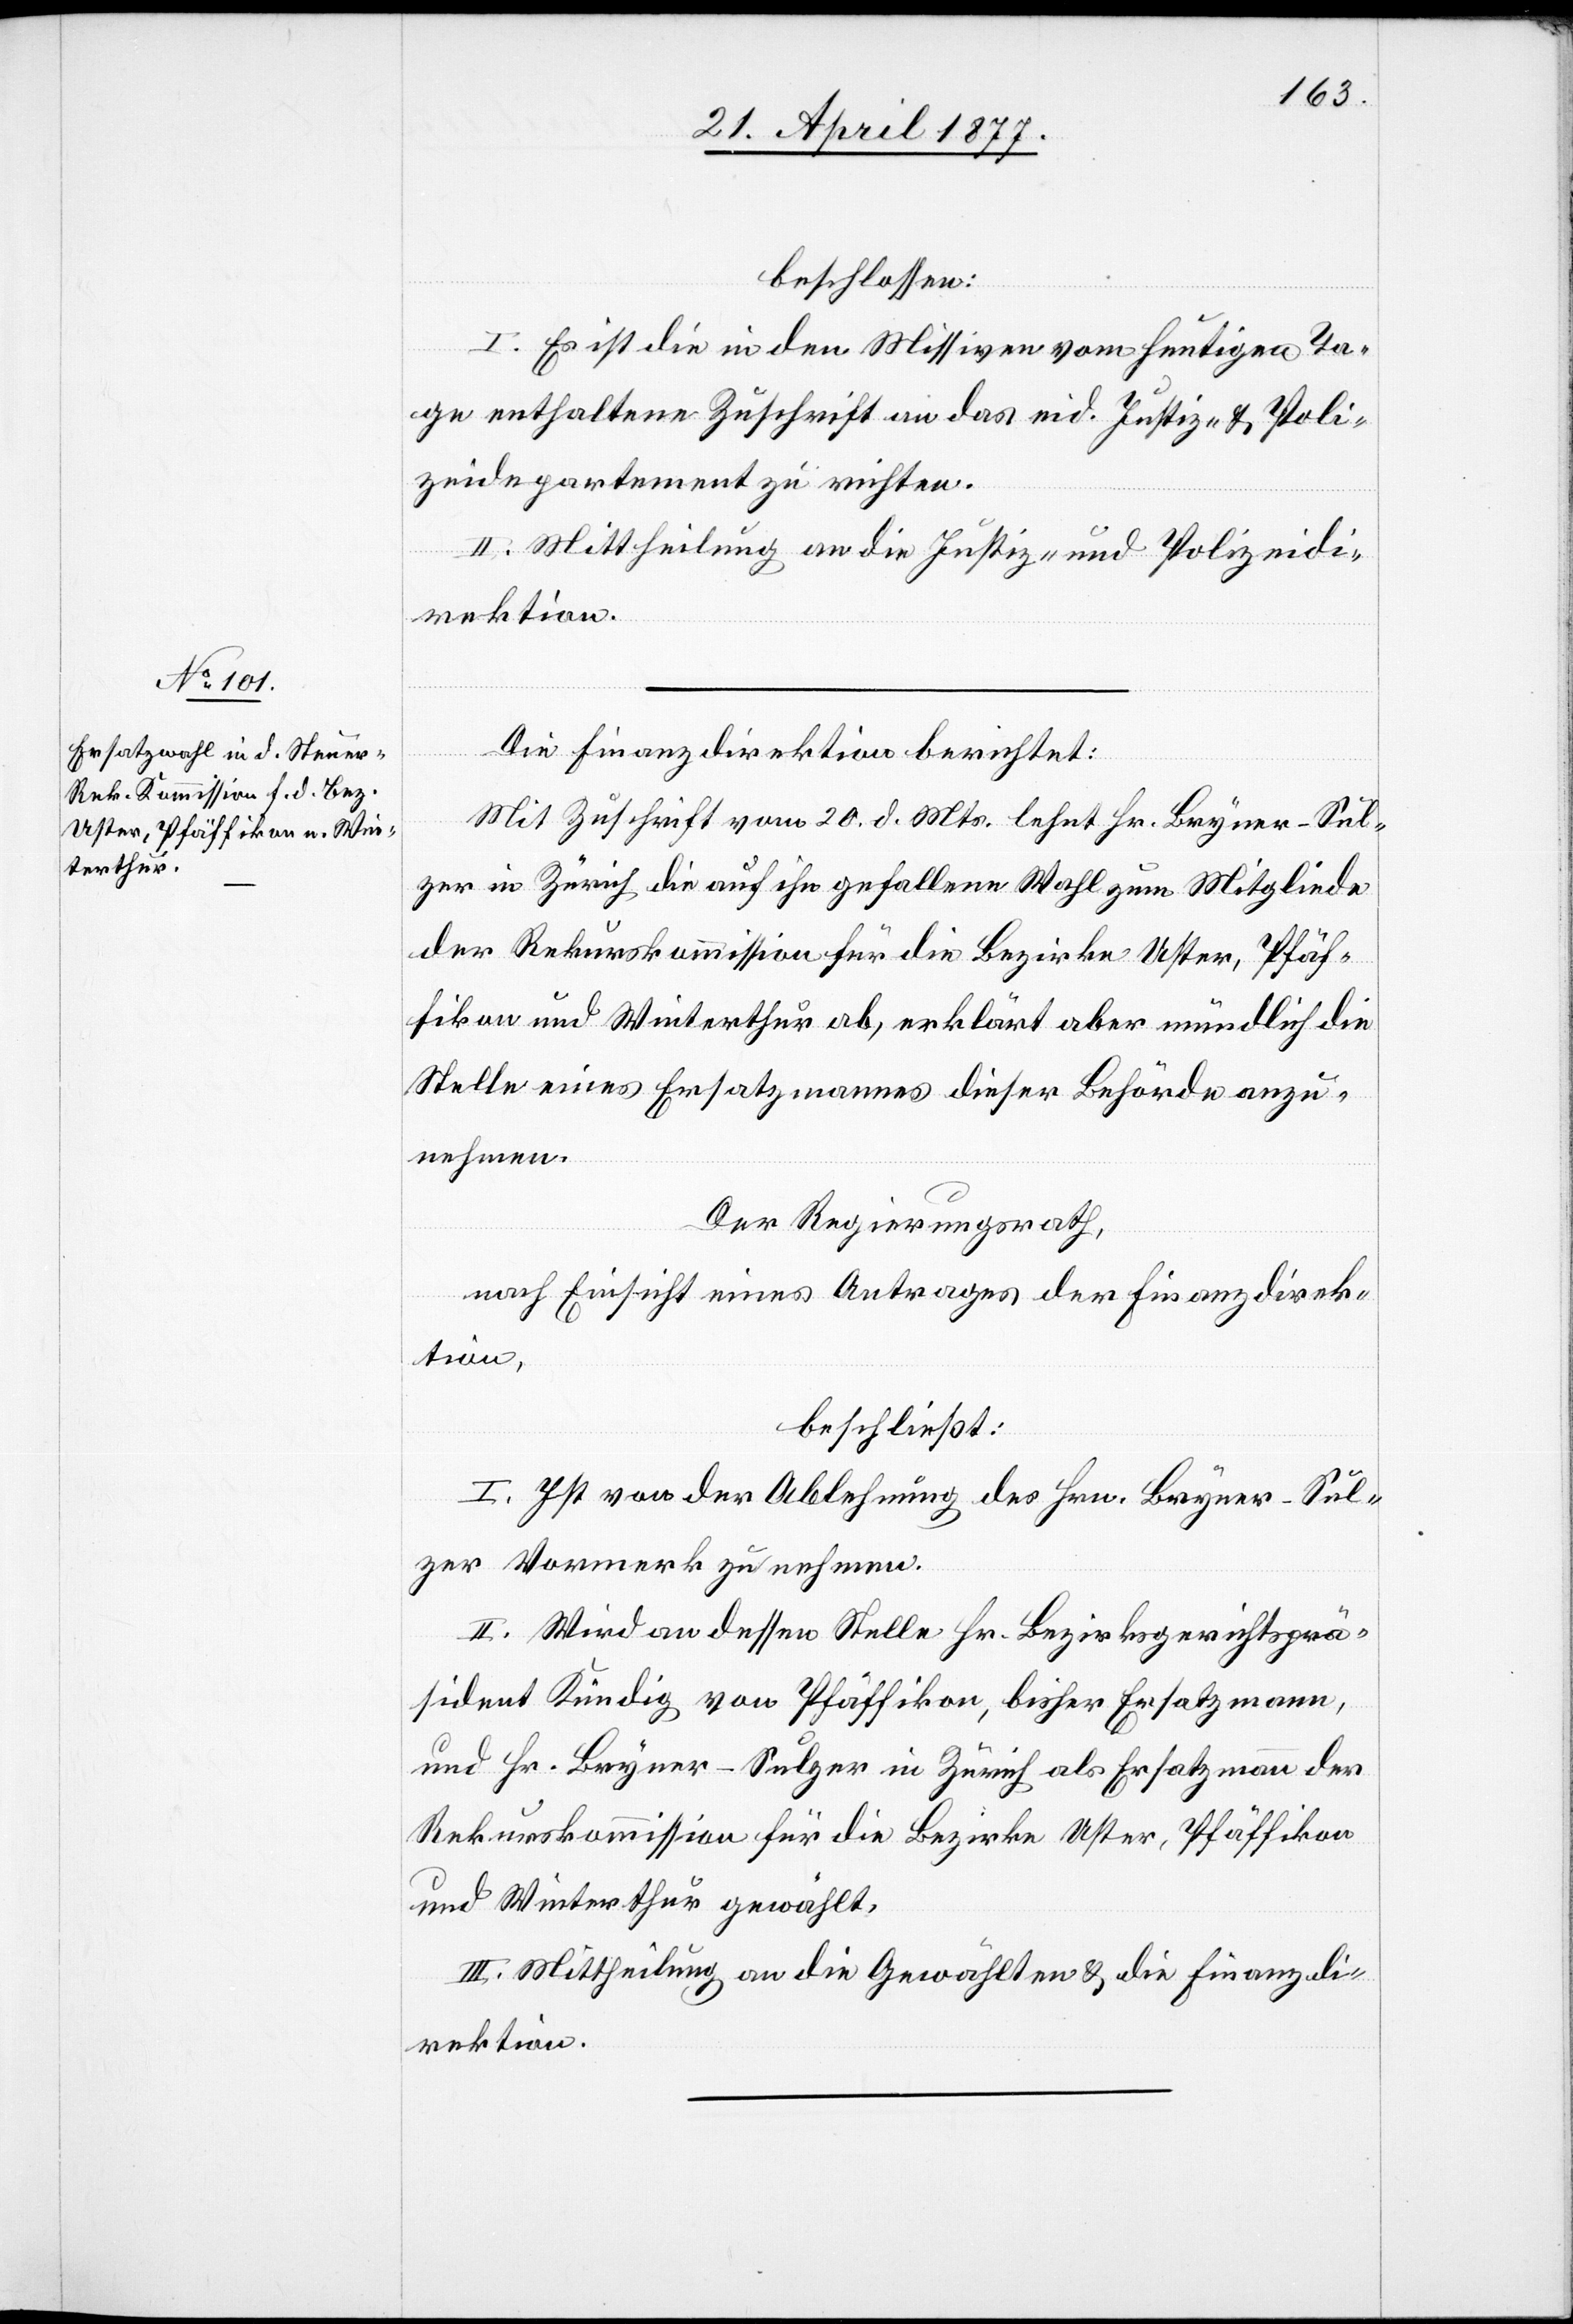
beschlossen:
I. Es ist die in den Missiven vom heutigen Ta¬
ge enthaltene Zuschrift an das eid. Justiz- & Poli¬
zeidepartement zu richten.
II. Mittheilung an die Justiz- und Polizeidi¬
rektion.
Die Finanzdirektion berichtet:
Mit Zuschrift vom 20. d. Mts. lehnt Hr. Bryner-Sul¬
zer in Zürich die auf ihn gefallene Wahl zum Mitgliede
der Rekurskommission für die Bezirke Uster, Pfäf¬
fikon und Winterthur ab, erklärt aber mündlich die
Stelle eines Ersatzmannes dieser Behörde anzu¬
nehmen.
Der Regierungsrath,
nach Einsicht eines Antrages der Finanzdirek¬
tion,
beschließt:
I. Ist von der Ablehnung des Hrn. Bryner-Sul¬
zer Vormerk zu nehmen.
II. Wird an dessen Stelle Hr. Bezirksgerichtsprä¬
sident Kündig von Pfäffikon, bisher Ersatzmann,
und Hr. Bryner-Sulzer in Zürich als Ersatzmann der
Rekurskommission für die Bezirke Uster, Pfäffikon
und Winterthur gewählt.
III. Mittheilung an die Gewählten & die Finanzdi¬
rektion.